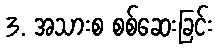
3. အသားစ စစ်ဆေးခြင်း